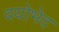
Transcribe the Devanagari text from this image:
वयोभेद